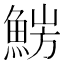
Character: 𩷜